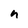
Character: n